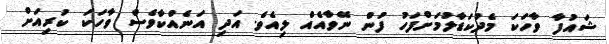
ޝައުފާ ވާހަކަ މެދުކަޑާލުމަށްފަހު ފުން ނޭވާއެއް ލިއެވެ. އަދި އަނެއްކާވެސް ވާހަކަ ކުރިއަށް